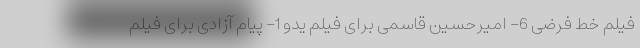
فیلم خط فرضی 6- امیرحسین قاسمی برای فیلم یدو 1- پیام آزادی برای فیلم